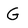
Character: G